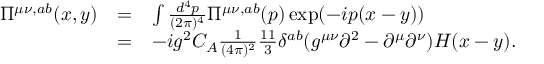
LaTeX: \begin{array} { r l l } { { \Pi ^ { \mu \nu , a b } ( x , y ) } } & { { = } } & { { \int \frac { d ^ { 4 } p } { ( 2 \pi ) ^ { 4 } } \Pi ^ { \mu \nu , a b } ( p ) \exp ( - i p ( x - y ) ) } } \\ { { } } & { { = } } & { { - i g ^ { 2 } C _ { A } \frac 1 { ( 4 \pi ) ^ { 2 } } \frac { 1 1 } { 3 } \delta ^ { a b } ( g ^ { \mu \nu } \partial ^ { 2 } - \partial ^ { \mu } \partial ^ { \nu } ) H ( x - y ) . } } \end{array}